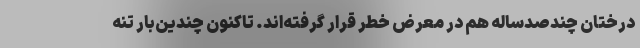
درختان چندصدساله هم در معرض خطر قرار گرفته‌اند. تاکنون چندین‌بار تنه